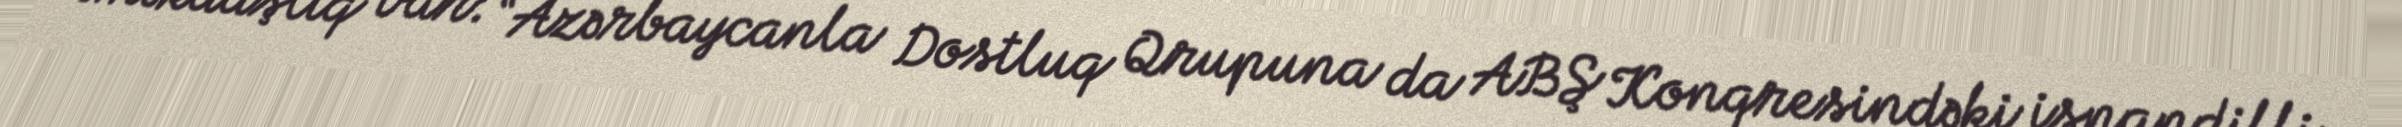
əməkdaşlıq var: “Azərbaycanla Dostluq Qrupuna da ABŞ Konqresindəki ispandilli